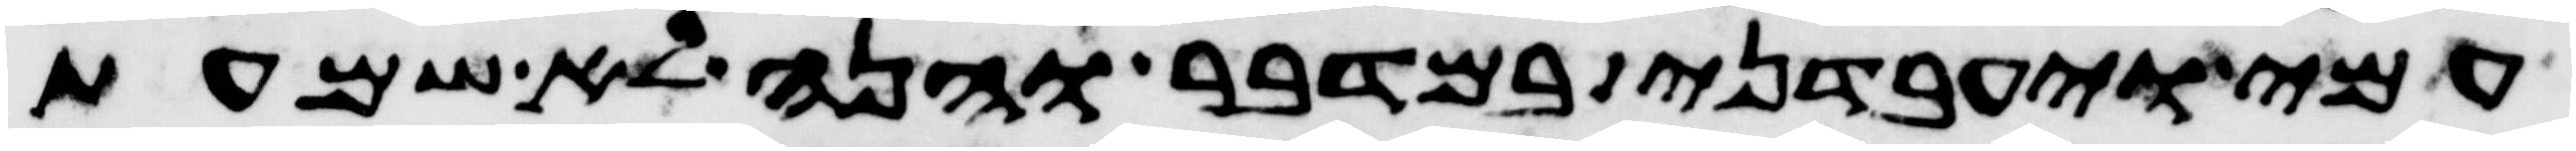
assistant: עמי ויעבדני במדבר והנה לא שמעת